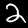
Digit: 2